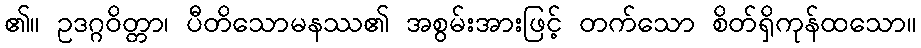
၏။ ဥဒဂ္ဂဝိတ္တာ၊ ပီတိသောမနဿ၏ အစွမ်းအားဖြင့် တက်သော စိတ်ရှိကုန်ထသော။